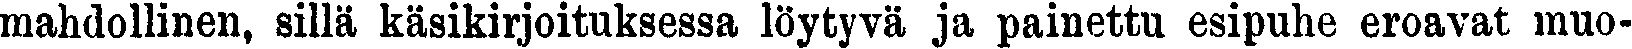
mahdollinen, sillä käsikirjoituksessa löytyvä ja painettu esipuhe eroavat muo-